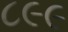
૮૯૯